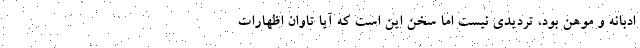
ادبانه و موهن بود، تردیدی نیست اما سخن این است که آیا تاوان اظهارات